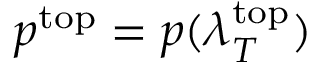
p ^ { \mathrm { t o p } } = p ( \lambda _ { T } ^ { \mathrm { t o p } } )